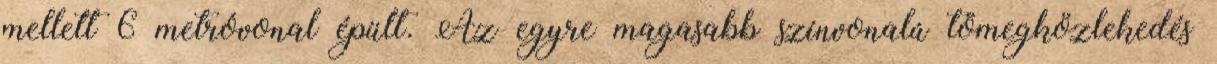
mellett 6 metróvonal épült. Az egyre magasabb színvonalú tömegközlekedés